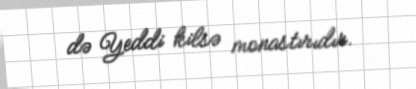
də Yeddi kilsə monastırıdır.